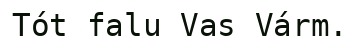
Tót falu Vas Várm.